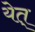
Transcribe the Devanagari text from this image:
येत्